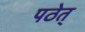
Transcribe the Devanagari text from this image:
पठेत्‌